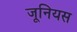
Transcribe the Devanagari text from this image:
जूनियस